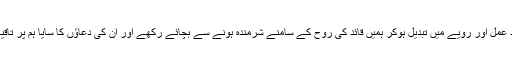
دعا ہے کہ یہ امید عمل اور رویے میں تبدیل ہوکر ہمیں قائد کی روح کے سامنے شرمندہ ہونے سے بچائے رکھے اور ان کی دعاؤں کا سایا ہم پر تاقیامت سلامت رہے۔